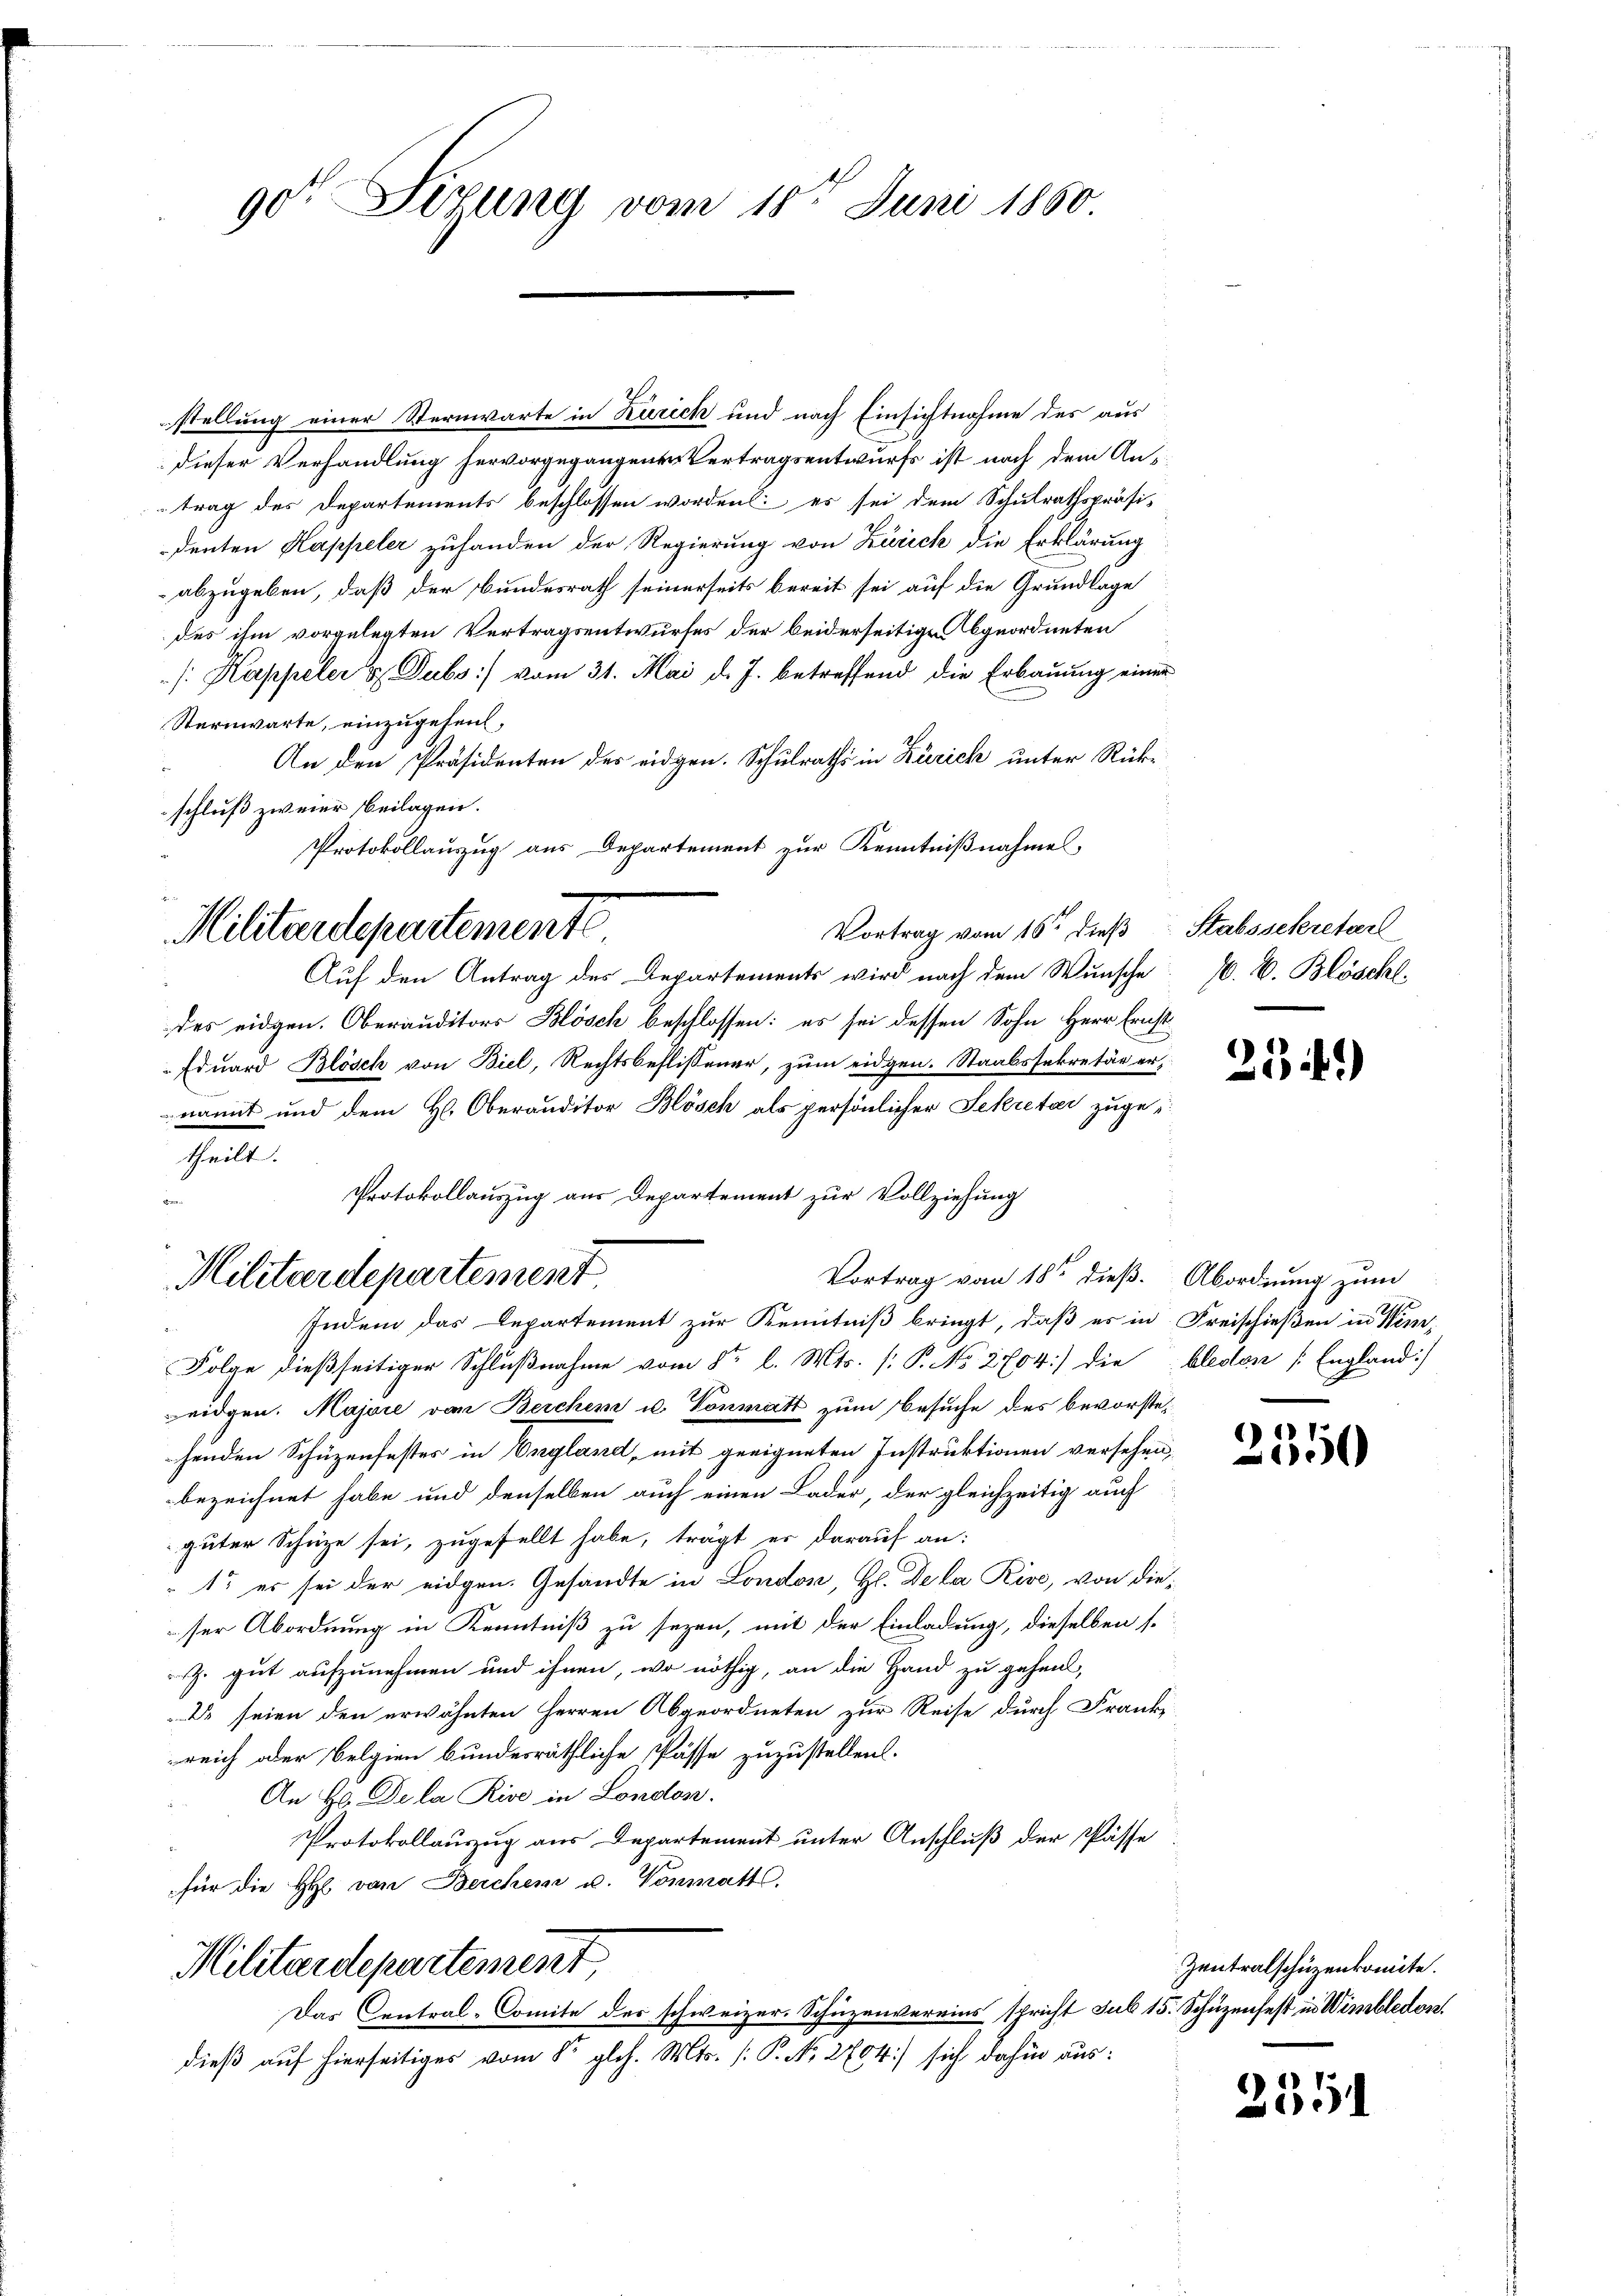
90 Sizung vom 18ten Juni 1860

stellung einer Sternwarte in Kurich und nach Einsichtnahme des aus
dieser Verhandlung hervorgegangenen Vertragsentwurfs ist nach dem Antrag des Departements beschlossen worden: es sei dem Schulrathspräsi-
denten Kappeler zufanden der Regierung von Zürich die Erklärung
abzugeben, daß der Bundesrath seinerseits bereit sei auf die Grundlage
des ihm vorgelegten Vertragsentwurfes der beiderseitige bgeordneten
/: Kappeler & Dubs] vom 31. Mai d. J. betreffend die Erbauung einer
Sternwarte, einzugehen,
An den Präsidenten des eidgen. Schulraths in Zürich unter Rückschluß zweier beilagen.
Protokollauszug aus Departement zur Kenntnißnahme
Vortrag vom 16ten dieß
Auf den Antrag des Departements wird nach dem Wunsche
des eidgen. Oberauditors Blösch beschlossen: es sei dessen Sohn Herr Ernst¬
Eduard Blösch von Biel, Rechtsbeflissener, zum eidgen. Staatssekretär ernamit und dem H. Oberauditor Blösch als persönlicher Sekretar zugetheilt.
Vortrag vom 18ten dieß. Abordnung zum
Indem das Departement zur Kenntniß bringt, daß es in Freischießen in Nem-
Folge dießseitiger Schlußnahme vom 8ten l. Mts. (: P. No. 2704) die
eidgen. Majore von Berchen u. Vonmatt zum Besuche des bevorstehenden Schüzenfestes in England, mit geeigneten Instruktionen versehen,
bezeichnet habe und denselben auch einen Lader, der gleichzeitig auch
güter Schüze sei, zugesellt habe, trägt er darauf an:
1t er sei der eidgen. Gesandte in London, Hl. Dela Rive, von dieser Abordnung in Kenntniß zu seyen, mit der Einladung, dieselben s
Z. gut aufzunehmen und ihnen, wo nöthig, an die Hand zu gehen,
Dr seien den erwähnten Herren Abgeordneten zur Reise durch Franke
reich oder Belgien bundesräthliche Pässe zuzustellen.
An Hr. Dela Rise in London.
Protokollauszug aus Departement unter Anschluß der Pässe
für die H. von Berchen u. Vonmatt,
Militärdepartement,
Das Central-Comite des schweizer. Schüzenvereins spricht sub 15. Schüzenfest in Wimbledon.
dieß auf hierseitiges vom 8. glos. Mts. (: P. Nr. 2704) sich dahin aus:

Militärdepartemente

Protokollauszug aus Departement zur Vollziehung

Militärdepartement

Stabssekretarl
70. 2. Blöschl.

234)

bledan [England)

2350

Zentralschüzenkomite.

2551